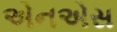
એનએસ